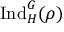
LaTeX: { \mathrm { I n d } } _ { H } ^ { G } ( \rho )